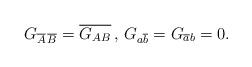
LaTeX: \begin{align*}G_{\overline{A}\,\overline{B}}=\overline{G_{AB}}\,,\,G_{a\overline{b}}=G_{\overline{a}b}=0.\end{align*}